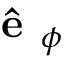
\textbf { \^ { e } } _ { \phi }